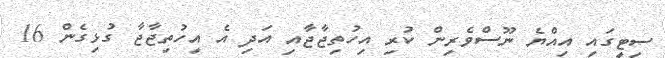
ސިޓީގައި އިއްޔެ ނޫސްވެރިން ކުރި އިހުތިޖާޖާއި އަދި އެ އިހުތިޖާޖާ ގުޅިގެން 16